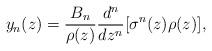
LaTeX: \begin{align*}y_{n}(z)=\frac{B_{n}}{\rho(z)}\frac{d^{n}}{dz^{n}}[\sigma^{n}(z)\rho(z)],\end{align*}